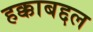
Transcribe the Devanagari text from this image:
हक्काबद्दल